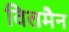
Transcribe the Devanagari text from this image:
विलमैन